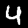
Label: 4